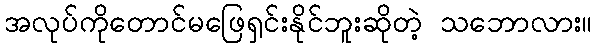
အလုပ်ကိုတောင်မဖြေရှင်းနိုင်ဘူးဆိုတဲ့ သဘောလား။